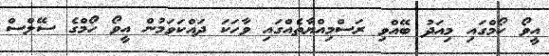
އީވޯ ހޯމްގައި މިއަދު ބޭއްވި ރަސްމިއްޔާތެއްގައި ވާހަކަ ދައްކަވަމުން އީވޯ ހޯމްގެ ސޭލްސް